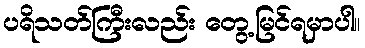
ပရိသတ်ကြီးလည်း တွေ့မြင်ရမှာပါ။